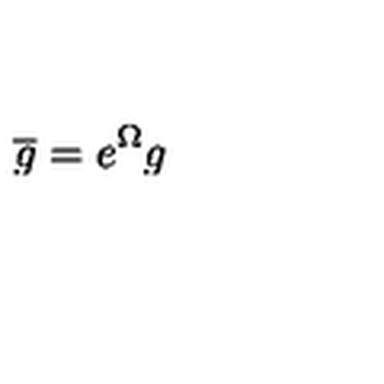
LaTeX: \overline { { g } } = e ^ { \Omega } g